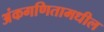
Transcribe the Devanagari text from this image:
अंकगणितामधील